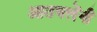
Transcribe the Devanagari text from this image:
आठवलेंनी